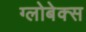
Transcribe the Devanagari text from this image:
ग्लोबेक्स